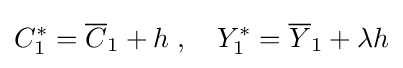
C_{1}^{*}={\overline {C}}_{1}+h\;,\quad Y_{1}^{*}={\overline {Y}}_{1}+\lambda h